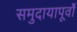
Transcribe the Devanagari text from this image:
समुदायापूर्वों